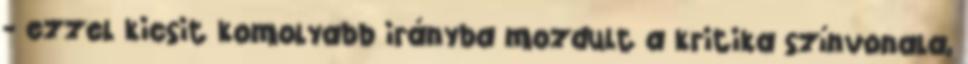
- ezzel kicsit komolyabb irányba mozdult a kritika színvonala,